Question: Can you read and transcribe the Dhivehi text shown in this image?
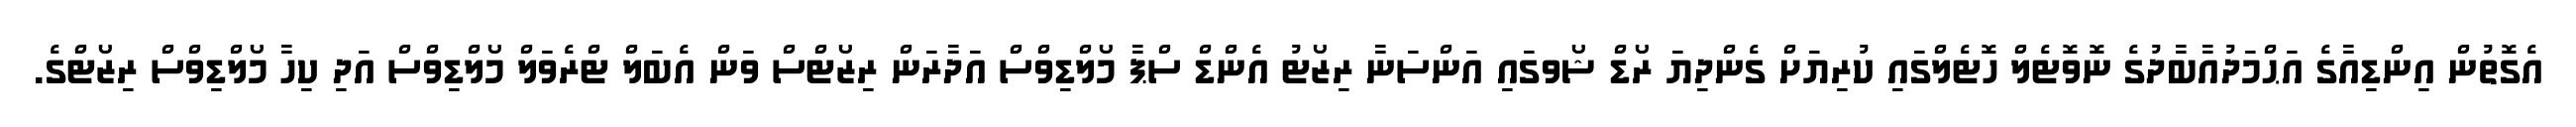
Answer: އެގޮތުން އިންޑިއާގެ އަޙްމަދުއާބާދުގެ ނޮވޮޓެލް ހޮޓެލްގައި ކުރިޔަށް ގެންދިޔަ ރޯޑް ޝޯވގައި އަންސަނާ ރިޒޯޓު އެންޑް ސްޕާ މޯލްޑިވްސް އަދާރަން ރިޒޯޓްސް ވަން އެބަލް ޓްރެވަލް މޯލްޑިވްސް އަދި ކިހާ މޯލްޑިވްސް ރިޒޯޓްގެ.